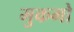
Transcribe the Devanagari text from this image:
मुकमो